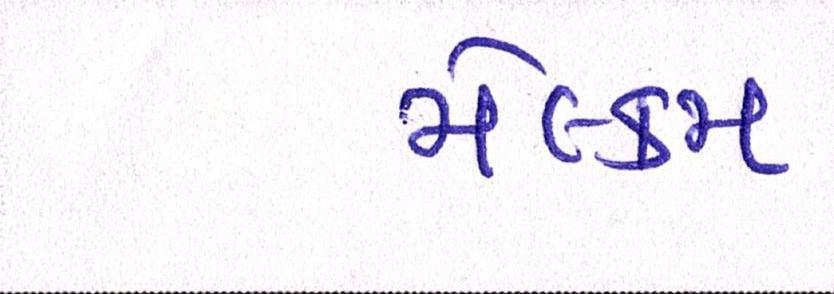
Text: મેલ્કમ